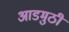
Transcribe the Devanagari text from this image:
आडमुठी